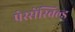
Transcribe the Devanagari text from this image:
प्रेस्सेंस्बिल्ड